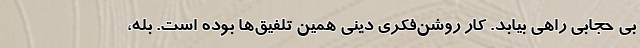
بی حجابی راهی بیابد. کار روشن‌فکری دینی همین تلفیق‌ها بوده است. بله،